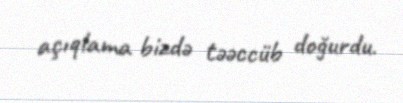
açıqlama bizdə təəccüb doğurdu.